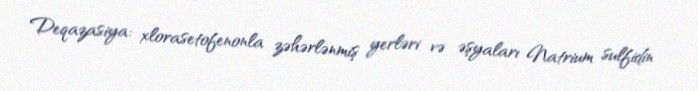
Deqazasiya: xlorasetofenonla zəhərlənmiş yerləri və əşyaları Natrium sulfidin